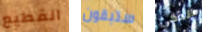
القطيع ستبقون الذكي